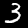
Label: 3